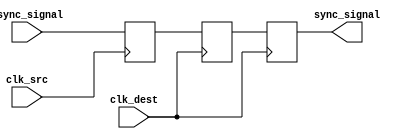
module triple_ff_synchronizer (
    input wire async_signal,      // Input signal from the source clock domain
    input wire clk_src,           // Source clock signal
    input wire clk_dest,          // Destination clock signal
    output reg sync_signal        // Synchronized output signal in the destination clock domain
);

    // Intermediate signal to hold the output of the first flip-flop
    reg ff1_out;

    // First flip-flop (FF1) - captures async_signal on clk_src
    always @(posedge clk_src) begin
        ff1_out <= async_signal;
    end

    // Second flip-flop (FF2) - captures ff1_out on clk_dest
    reg ff2_out;
    always @(posedge clk_dest) begin
        ff2_out <= ff1_out;
    end

    // Third flip-flop (FF3) - captures ff2_out on clk_dest
    always @(posedge clk_dest) begin
        sync_signal <= ff2_out;
    end

endmodule